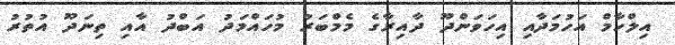
އިލްހާމް އަހުމަދާއި އިހަވަންދޫ ދާއިރާގެ މެމްބަރު މުހައްމަދު އަބްދު އާއި ތިނަދޫ އުތުރު